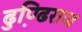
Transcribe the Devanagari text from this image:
ढुण्ढि़राज